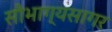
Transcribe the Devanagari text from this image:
सौभाग्यसागर